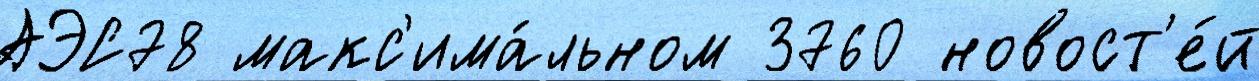
АЭС78 макс'има́льном 3760 новост'е́й